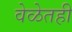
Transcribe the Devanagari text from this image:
वेळेतही